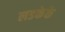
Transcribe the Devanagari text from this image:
लडकेके